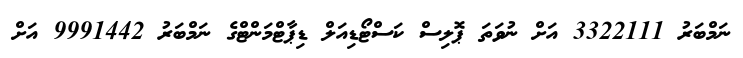
ނަމްބަރު 3322111 އަށް ނުވަތަ ޕޮލިސް ކަސްޓޯޑިއަލް ޑިޕާޓްމަންޓްގެ ނަމްބަރު 9991442 އަށް